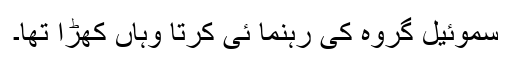
سموئیل گروہ کی رہنما ئی کرتا وہاں کھڑا تھا۔